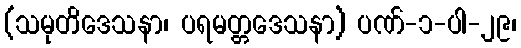
(သမုတိဒေသနာ၊ ပရမတ္တဒေသနာ) ပဏ်-၁-ပါ-၂၉၊